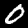
Label: 0